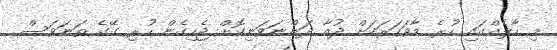
މި ހާލެއްގައި ހުރެ މާވަހަރަކަށް ދުއާ ދަންނަވަނިކޮށް ޖެހިގެން ހުރި ގޭގެ ތަނަވަސް